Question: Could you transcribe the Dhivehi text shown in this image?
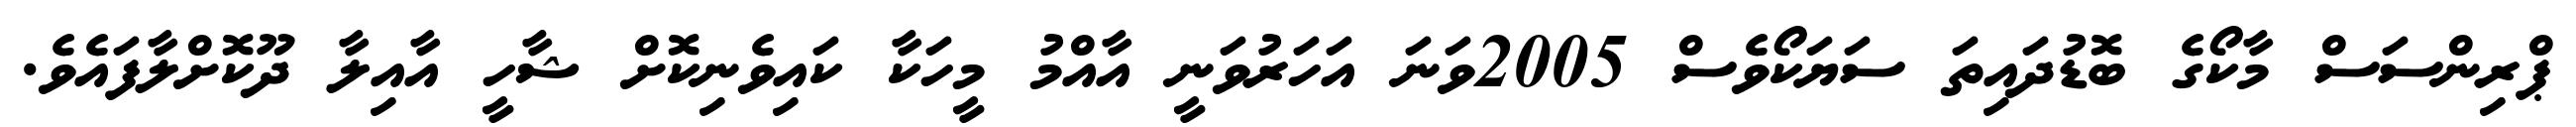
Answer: ޕްރިންސަސް މާކޯގެ ބޮޑުދައިތަ ސަޔަކޯވެސް 2005ވަނަ އަހަރުވަނީ އާއްމު މީހަކާ ކައިވެނިކޮށް ޝާހީ އާއިލާ ދޫކޮށްލާފައެވެ.